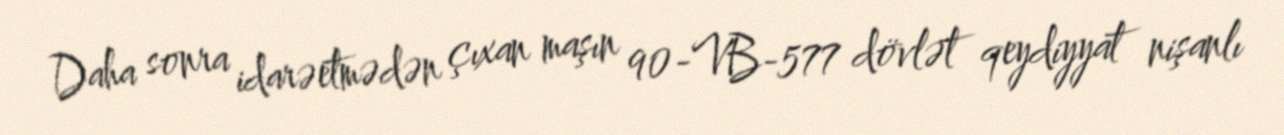
Daha sonra idarəetmədən çıxan maşın 90-VB-577 dövlət qeydiyyat nişanlı